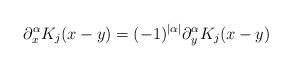
LaTeX: \begin{align*}\partial^\alpha_x K_j(x-y) = (-1)^{|\alpha|}\partial^\alpha_y K_j(x-y)\end{align*}